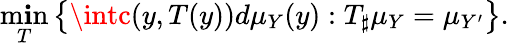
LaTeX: \operatorname*{m\mathbf{i}n}_{T}\left\{ \intc(y,T(y))d\mu_{Y}(y):T_{\sharp}\mu_{Y}=\mu_{Y^{\prime}}\right\} .